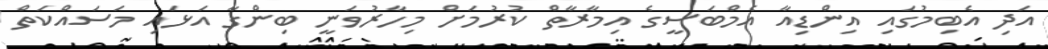
އަދި އެބިމުގައި އިންޑިއާ އެމްބަސީގެ އިމާރާތް ކުރުމަށް މިހާރުވަނީ ބިންގާ އަޅައި މަސައްކަތް